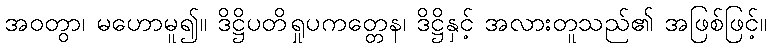
အဝတွာ၊ မဟောမူ၍။ ဒိဋ္ဌိပတိရှုပကတ္တေန၊ ဒိဋ္ဌိနှင့် အလားတူသည်၏ အဖြစ်ဖြင့်။